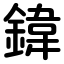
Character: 鍏